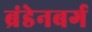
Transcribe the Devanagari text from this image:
ब्रंडेनबर्ग